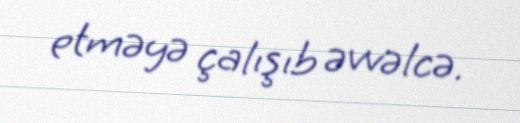
etməyə çalışıb əvvəlcə.